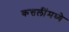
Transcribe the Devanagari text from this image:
कत्तलींमध्ये